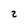
Character: 2